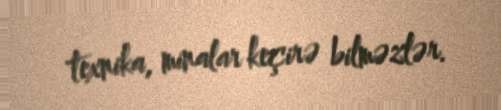
texnika, minalar keçirə bilməzlər.